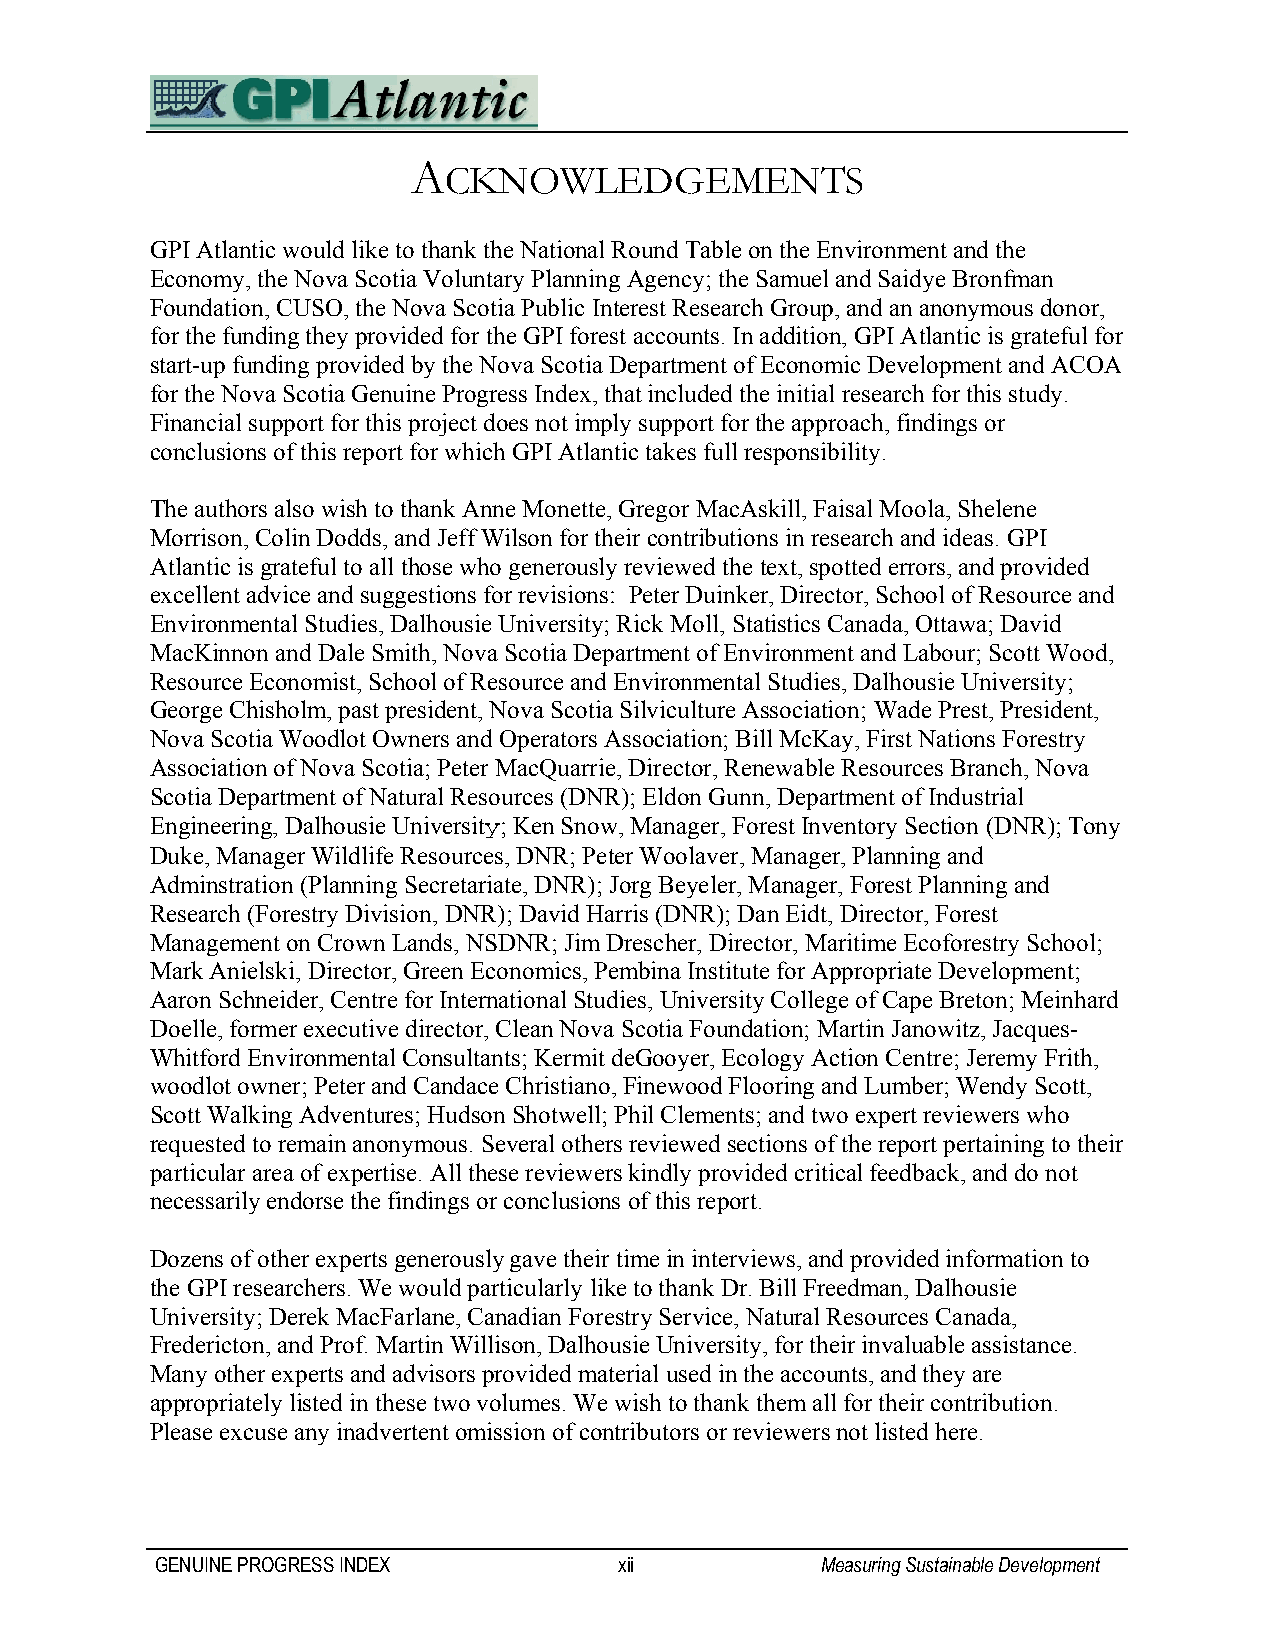
A
 CKNOWLEDGEMENTS
 GPI Atlantic would like to thank the National Round Table on the Environment and the
 Economy, the Nova Scotia Voluntary Planning Agency; the Samuel and Saidye Bronfman
 Foundation, CUSO, the Nova Scotia Public Interest Research Group, and an anonymous donor,
 for the funding they provided for the GPI forest accounts. In addition, GPI Atlantic is grateful for
 start-up funding provided by the Nova Scotia Department of Economic Development and ACOA
 for the Nova Scotia Genuine Progress Index, that included the initial research for this study.
 Financial support for this project does not imply support for the approach, findings or
 conclusions of this report for which GPI Atlantic takes full responsibility.
 The authors also wish to thank Anne Monette, Gregor MacAskill, Faisal Moola, Shelene
 Morrison, Colin Dodds, and Jeff Wilson for their contributions in research and ideas. GPI
 Atlantic is grateful to all those who generously reviewed the text, spotted errors, and provided
 excellent advice and suggestions for revisions: Peter Duinker, Director, School of Resource and
 Environmental Studies, Dalhousie University; Rick Moll, Statistics Canada, Ottawa; David
 MacKinnon and Dale Smith, Nova Scotia Department of Environment and Labour; Scott Wood,
 Resource Economist, School of Resource and Environmental Studies, Dalhousie University;
 George Chisholm, past president, Nova Scotia Silviculture Association; Wade Prest, President,
 Nova Scotia Woodlot Owners and Operators Association; Bill McKay, First Nations Forestry
 Association of Nova Scotia; Peter MacQuarrie, Director, Renewable Resources Branch, Nova
 Scotia Department of Natural Resources (DNR); Eldon Gunn, Department of Industrial
 Engineering, Dalhousie University; Ken Snow, Manager, Forest Inventory Section (DNR); Tony
 Duke, Manager Wildlife Resources, DNR; Peter Woolaver, Manager, Planning and
 Adminstration (Planning Secretariate, DNR); Jorg Beyeler, Manager, Forest Planning and
 Research (Forestry Division, DNR); David Harris (DNR); Dan Eidt, Director, Forest
 Management on Crown Lands, NSDNR; Jim Drescher, Director, Maritime Ecoforestry School;
 Mark Anielski, Director, Green Economics, Pembina Institute for Appropriate Development;
 Aaron Schneider, Centre for International Studies, University College of Cape Breton; Meinhard
 Doelle, former executive director, Clean Nova Scotia Foundation; Martin Janowitz, Jacques-
 Whitford Environmental Consultants; Kermit deGooyer, Ecology Action Centre; Jeremy Frith,
 woodlot owner; Peter and Candace Christiano, Finewood Flooring and Lumber; Wendy Scott,
 Scott Walking Adventures; Hudson Shotwell; Phil Clements; and two expert reviewers who
 requested to remain anonymous. Several others reviewed sections of the report pertaining to their
 particular area of expertise. All these reviewers kindly provided critical feedback, and do not
 necessarily endorse the findings or conclusions of this report.
 Dozens of other experts generously gave their time in interviews, and provided information to
 the GPI researchers. We would particularly like to thank Dr. Bill Freedman, Dalhousie
 University; Derek MacFarlane, Canadian Forestry Service, Natural Resources Canada,
 Fredericton, and Prof. Martin Willison, Dalhousie University, for their invaluable assistance.
 Many other experts and advisors provided material used in the accounts, and they are
 appropriately listed in these two volumes. We wish to thank them all for their contribution.
 Please excuse any inadvertent omission of contributors or reviewers not listed here.
 GENUINE PROGRESS INDEX         xii          Measuring Sustainable Development